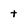
Character: t